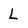
Character: L